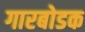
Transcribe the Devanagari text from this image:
गारबोडक